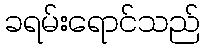
ခရမ်းရောင်သည်